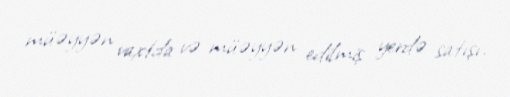
müəyyən vaxtda və müəyyən edilmiş yerdə satışı.